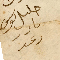
خليل موسي نادر رعد